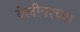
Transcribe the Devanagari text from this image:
वेलीवरच्या